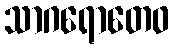
သာဂရောတေဝ